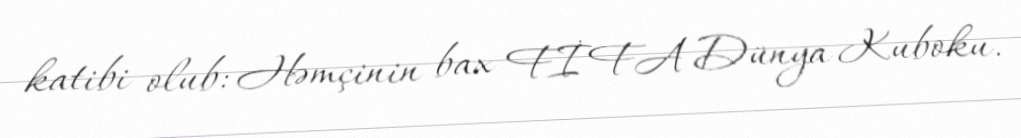
katibi olub: Həmçinin bax FİFA Dünya Kuboku.